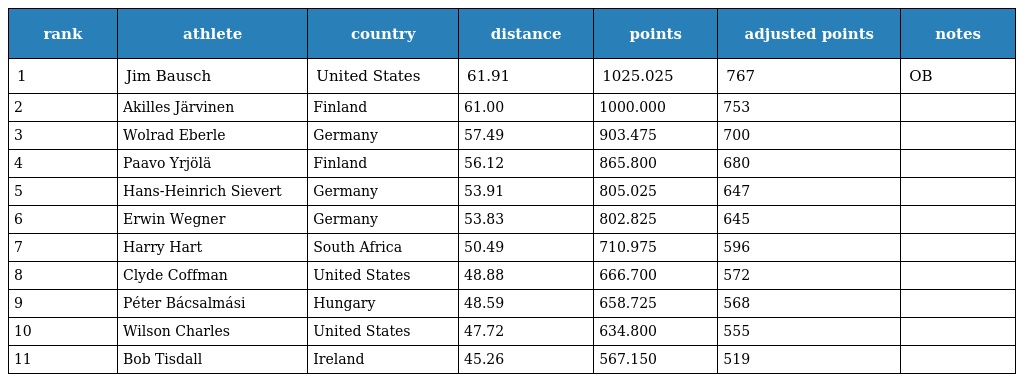
| rank | athlete | country | distance | points | adjusted points | notes |
 | --- | --- | --- | --- | --- | --- | --- |
 | 1 | Jim Bausch | United States | 61.91 | 1025.025 | 767 | OB |
 | 2 | Akilles Järvinen | Finland | 61.00 | 1000.000 | 753 |  |
 | 3 | Wolrad Eberle | Germany | 57.49 | 903.475 | 700 |  |
 | 4 | Paavo Yrjölä | Finland | 56.12 | 865.800 | 680 |  |
 | 5 | Hans-Heinrich Sievert | Germany | 53.91 | 805.025 | 647 |  |
 | 6 | Erwin Wegner | Germany | 53.83 | 802.825 | 645 |  |
 | 7 | Harry Hart | South Africa | 50.49 | 710.975 | 596 |  |
 | 8 | Clyde Coffman | United States | 48.88 | 666.700 | 572 |  |
 | 9 | Péter Bácsalmási | Hungary | 48.59 | 658.725 | 568 |  |
 | 10 | Wilson Charles | United States | 47.72 | 634.800 | 555 |  |
 | 11 | Bob Tisdall | Ireland | 45.26 | 567.150 | 519 |  |